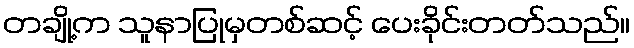
တချို့က သူနာပြုမှတစ်ဆင့် ပေးခိုင်းတတ်သည်။